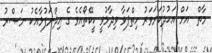
މާތް  އަށް އަޙުދުކަށަވަރު ހިތްޕަވާ ވިދާޅުވީ ކީކޭތޯއެވެ ގެ އިޛްނަފުޅާއެކު ނަޞްރު